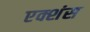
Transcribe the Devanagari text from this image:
एक्शंस